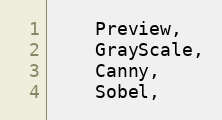
Language: C
    Preview,
    GrayScale,
    Canny,
    Sobel,